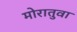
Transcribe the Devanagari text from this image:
मोरातुवा